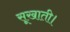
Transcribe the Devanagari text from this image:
सूखाती।